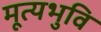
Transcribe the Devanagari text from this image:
मूत्यभुवि